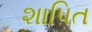
શાપિત